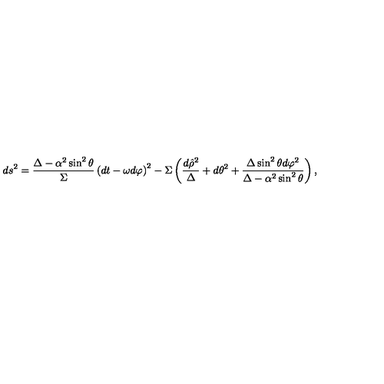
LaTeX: d s ^ { 2 } = \frac { \Delta - \alpha ^ { 2 } \sin ^ { 2 } \theta } { \Sigma } \left( d t - \omega d \varphi \right) ^ { 2 } - \Sigma \left( \frac { d \hat { \rho } ^ { 2 } } { \Delta } + d \theta ^ { 2 } + \frac { \Delta \sin ^ { 2 } \theta d \varphi ^ { 2 } } { \Delta - \alpha ^ { 2 } \sin ^ { 2 } \theta } \right) ,